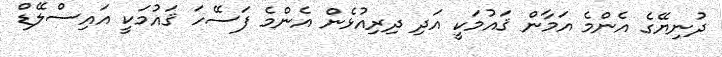
ދުނިޔޭގެ އެންމެ އަމާން ޤައުމަކީ އަދި ދިރިއުޅެން އެންމެ ފަސޭހަ ޤައުމަކީ އައިސްލޭޑް